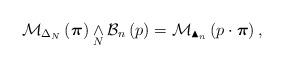
LaTeX: \begin{align*} \mathcal{M}_{\Delta_N}\left( \boldsymbol{\pi}\right) \underset{N}{\wedge} \mathcal{B}_{n}\left( p\right) = \mathcal{M}_{\blacktriangle_{n}}\left(p \cdot \boldsymbol{\pi}\right),\end{align*}